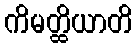
ကိမတ္ထိယာတိ